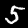
Label: 5